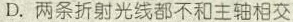
D.两条折射光线都不和主轴相交